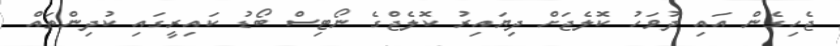
ޖެހިގެން އައި ދުވަހު ކޮލެޖަށް ދިޔައިރު ކޮލެޖްގެ ނޯޓިސް ބޯޑު ކައިރީގައި ކުދިންތައް